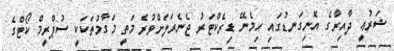
ޝަރުޢީ ދާއިރާގެ އޮނިގަނޑުގައި ހިމެނޭ ޑިރެކްޓަރު ޖެނެރަލަށްވުރެ މަތީ މަގާމުތަކަކީ ސުޕްރީމް ކޯޓްގެ